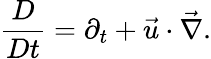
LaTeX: \frac{D}{Dt}=\partial_{t}+\vec{u}\cdot\vec{\nabla}.